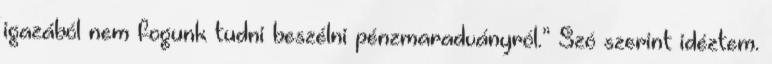
igazából nem fogunk tudni beszélni pénzmaradványról.” Szó szerint idéztem.